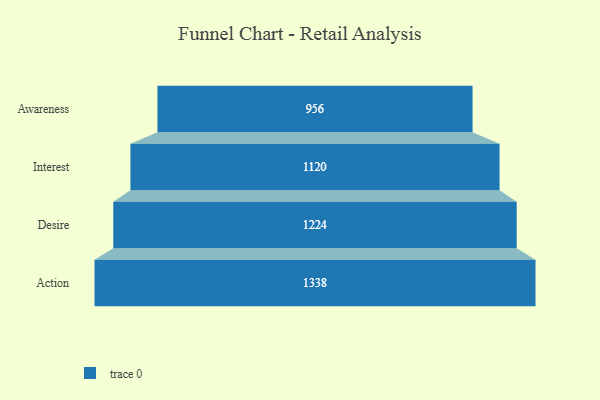
{"axis": {"x": "Stage", "y": "Value"}, "legend": [""], "data": [{"x": "Awareness", "y": 956.0, "type": ""}, {"x": "Interest", "y": 1120.0, "type": ""}, {"x": "Desire", "y": 1224.0, "type": ""}, {"x": "Action", "y": 1338.0, "type": ""}]}